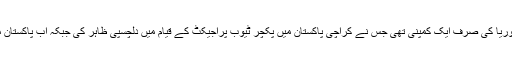
انہوں نے کہا کہ مجھے یاد ہے کہ اس وقت کوریا کی صرف ایک کمپنی تھی جس نے کراچی پاکستان میں پکچر ٹیوب پراجیکٹ کے قیام میں دلچسپی ظاہر کی جبکہ اب پاکستان میں کوریا کی ہزاروں کمپنیاں کام کر رہی ہیں۔